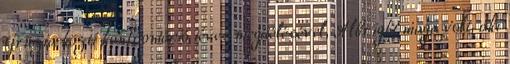
Grúzia közti konfrontáció téves megítélésével, Albright maga volt, aki